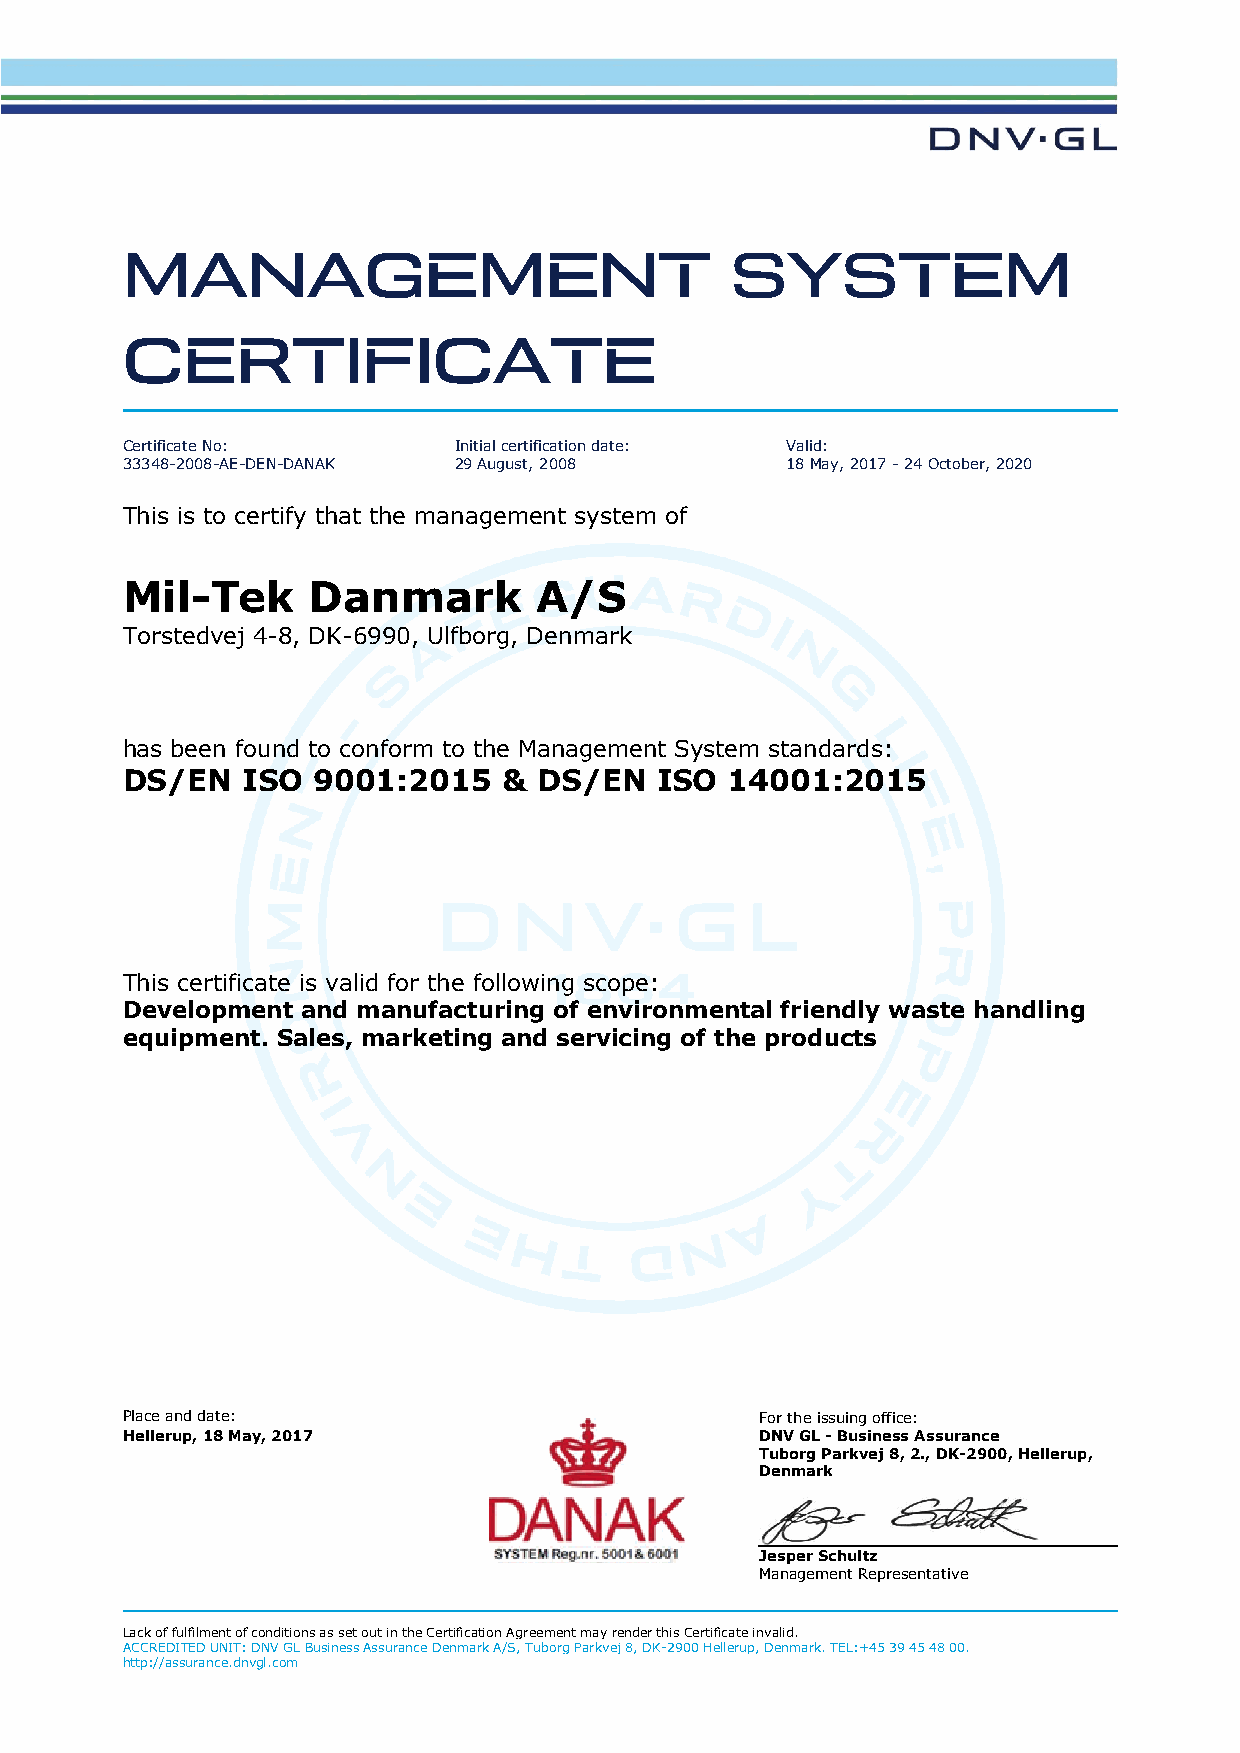
Certificate No:       Initial certification date: Valid:
 33348-2008-AE-DEN-DANAK 29 August, 2008     18 May, 2017 - 24 October, 2020
 This is to certify that the management system of
 Mil-Tek     Danmark        A/S
 Torstedvej 4-8, DK-6990, Ulfborg, Denmark
 has been found to conform to the Management System standards:
 DS/EN   ISO  9001:2015   &  DS/EN  ISO  14001:2015
 This certificate is valid for the following scope:
 Development and manufacturing of environmental friendly waste handling
 equipment. Sales, marketing and servicing of the products
 Place and date:                           For the issuing office:
 Hellerup, 18 May, 2017                    DNV GL - Business Assurance
 Tuborg Parkvej 8, 2., DK-2900, Hellerup,
 Denmark
 Jesper Schultz
 Management Representative
 Lack of fulfilment of conditions as set out in the Certification Agreement may render this Certificate invalid.
 ACCREDITED UNIT: DNV GL Business Assurance Denmark A/S, Tuborg Parkvej 8, DK-2900 Hellerup, Denmark. TEL:+45 39 45 48 00.
 http://assurance.dnvgl.com